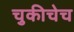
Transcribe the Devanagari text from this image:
चुकीचेच